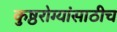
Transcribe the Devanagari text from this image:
कुष्ठरोग्यांसाठीच